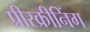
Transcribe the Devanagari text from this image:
प्रीस्क्रीनिंग